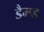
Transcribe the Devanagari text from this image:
डैम्प्ड